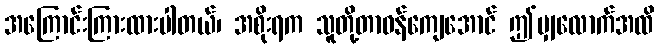
အကြောင်းကြားထားပါတယ်၊ အစိုးရက သူတို့တာဝန်ကျေအောင် ဤမျှလောက်အထိ